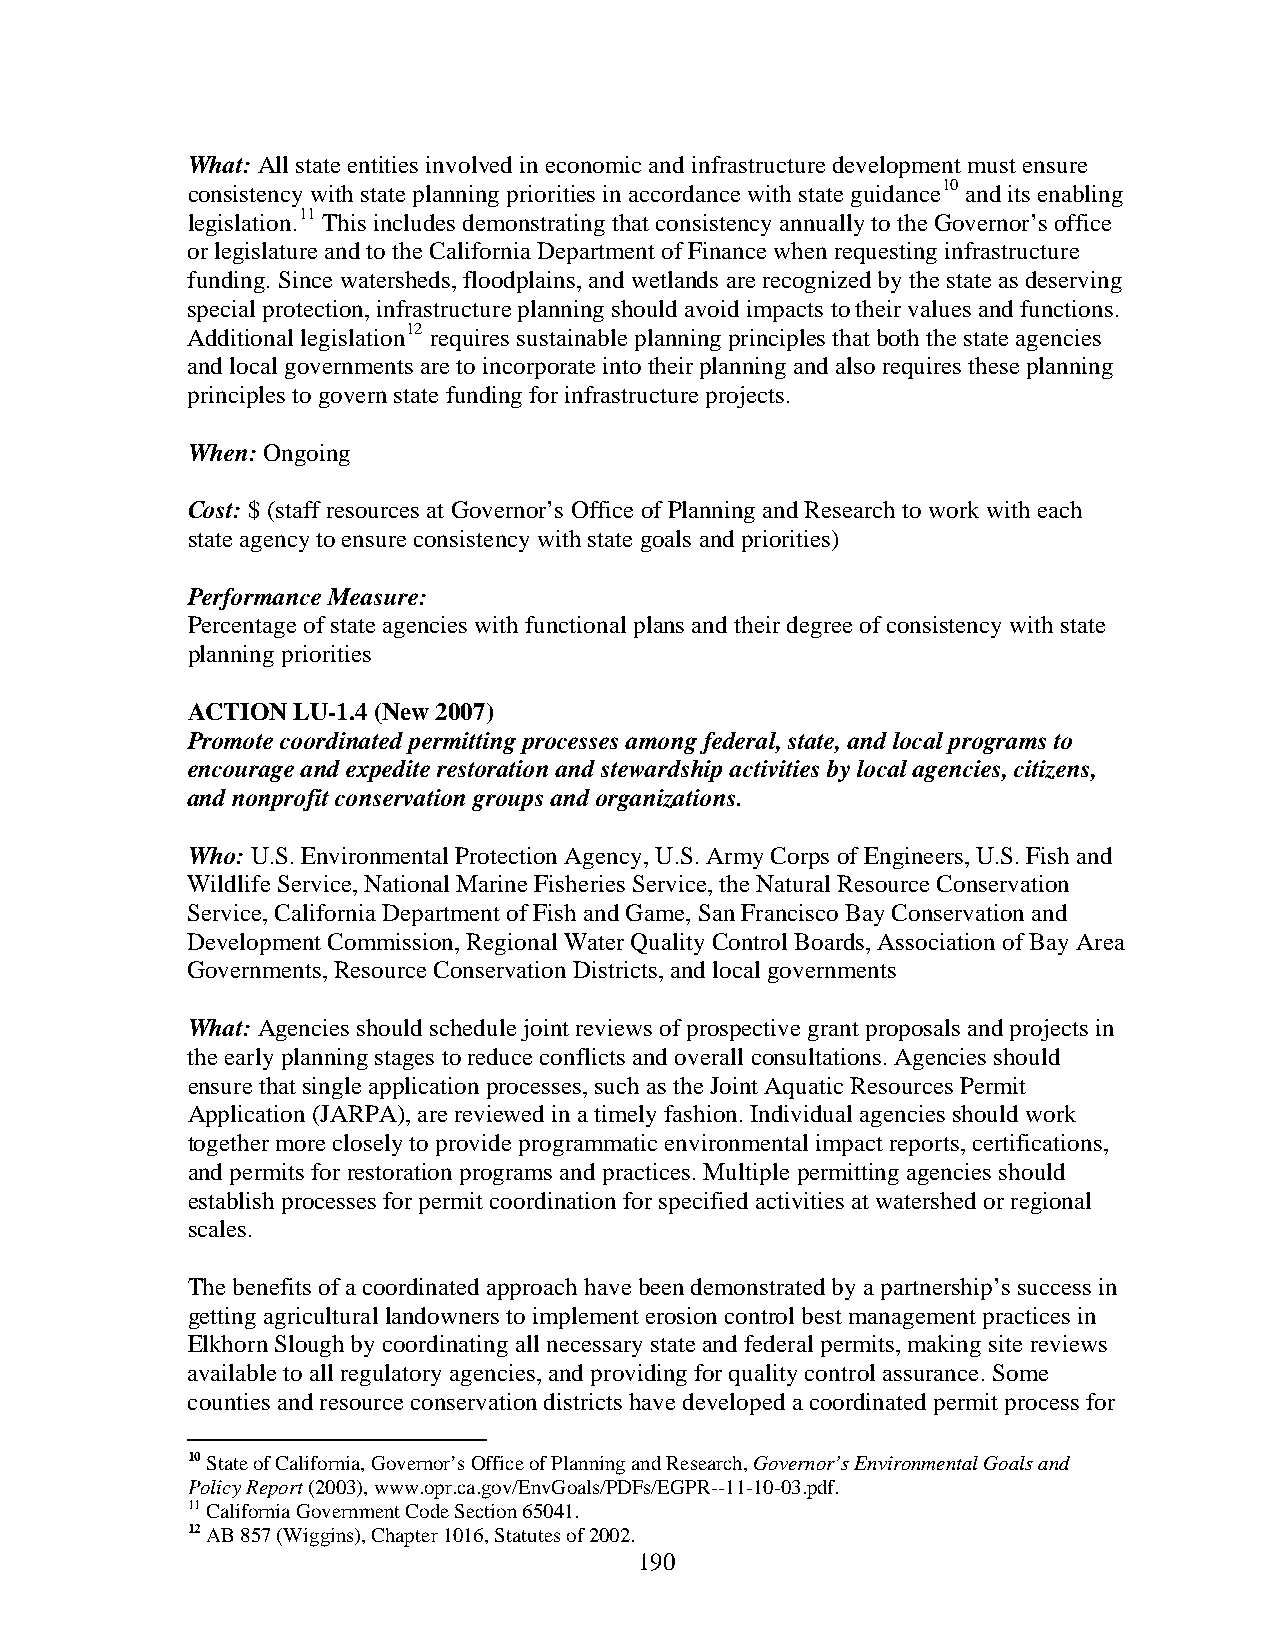
What: All state entities involved in economic and infrastructure development must ensure
 consistency with state planning priorities in accordance with state guidance10 and its enabling
 legislation.11 This includes demonstrating that consistency annually to the Governor’s office
 or legislature and to the California Department of Finance when requesting infrastructure
 funding. Since watersheds, floodplains, and wetlands are recognized by the state as deserving
 special protection, infrastructure planning should avoid impacts to their values and functions.
 Additional legislation12 requires sustainable planning principles that both the state agencies
 and local governments are to incorporate into their planning and also requires these planning
 principles to govern state funding for infrastructure projects.
 When: Ongoing
 Cost: $ (staff resources at Governor’s Office of Planning and Research to work with each
 state agency to ensure consistency with state goals and priorities)
 Performance Measure:
 Percentage of state agencies with functional plans and their degree of consistency with state
 planning priorities
 ACTION LU-1.4 (New 2007)
 Promote coordinated permitting processes among federal, state, and local programs to
 encourage and expedite restoration and stewardship activities by local agencies, citizens,
 and nonprofit conservation groups and organizations.
 Who: U.S. Environmental Protection Agency, U.S. Army Corps of Engineers, U.S. Fish and
 Wildlife Service, National Marine Fisheries Service, the Natural Resource Conservation
 Service, California Department of Fish and Game, San Francisco Bay Conservation and
 Development Commission, Regional Water Quality Control Boards, Association of Bay Area
 Governments, Resource Conservation Districts, and local governments
 What: Agencies should schedule joint reviews of prospective grant proposals and projects in
 the early planning stages to reduce conflicts and overall consultations. Agencies should
 ensure that single application processes, such as the Joint Aquatic Resources Permit
 Application (JARPA), are reviewed in a timely fashion. Individual agencies should work
 together more closely to provide programmatic environmental impact reports, certifications,
 and permits for restoration programs and practices. Multiple permitting agencies should
 establish processes for permit coordination for specified activities at watershed or regional
 scales.
 The benefits of a coordinated approach have been demonstrated by a partnership’s success in
 getting agricultural landowners to implement erosion control best management practices in
 Elkhorn Slough by coordinating all necessary state and federal permits, making site reviews
 available to all regulatory agencies, and providing for quality control assurance. Some
 counties and resource conservation districts have developed a coordinated permit process for
 10 State of California, Governor’s Office of Planning and Research, Governor’s Environmental Goals and
 Policy Report (2003), www.opr.ca.gov/EnvGoals/PDFs/EGPR--11-10-03.pdf.
 11 California Government Code Section 65041.
 12 AB 857 (Wiggins), Chapter 1016, Statutes of 2002.
 190